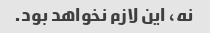
نه، این لازم نخواهد بود.